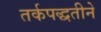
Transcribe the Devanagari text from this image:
तर्कपद्धतीने